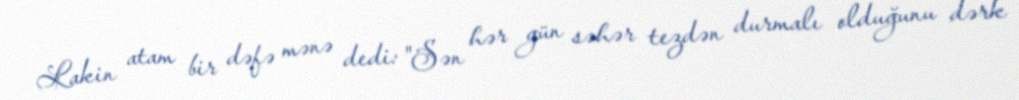
Lakin atam bir dəfə mənə dedi: "Sən hər gün səhər tezdən durmalı olduğunu dərk